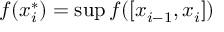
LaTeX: f ( x _ { i } ^ { * } ) = \operatorname* { s u p } f ( [ x _ { i - 1 } , x _ { i } ] )